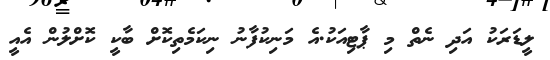
ލީޑަރަކު އަދި ނެތް މި ޕާޓިއަކު.އެ މަނިކުފާނު ނިކަމެތިކޮށް ބާކީ ކޮށްލުން އެއީ